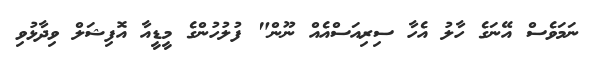
ނަމަވެސް އޭނަގެ ހާލު އެހާ ސިރިއަސްއެއް ނޫން" ފުލުހުންގެ މީޑީއާ އޮފިޝަލް ވިދާޅުވި